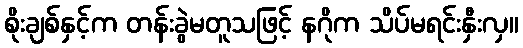
စိုးချစ်နှင့်က တန်းခွဲမတူသဖြင့် နဂိုက သိပ်မရင်းနှီးလှ။